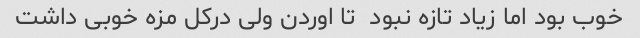
خوب بود اما زیاد تازه نبود  تا اوردن ولی درکل مزه خوبی داشت